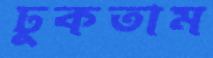
ঢুকতাম